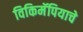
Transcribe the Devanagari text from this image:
विकिमॅपियाचे